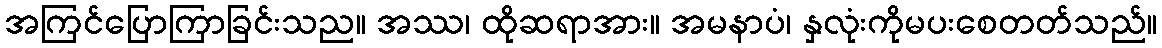
အကြင်ပြောကြာခြင်းသည။ အဿ၊ ထိုဆရာအား။ အမနာပံ၊ နှလုံးကိုမပးစေတတ်သည်။